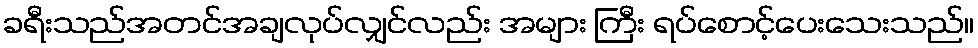
ခရီးသည်အတင်အချလုပ်လျှင်လည်း အများ ကြီး ရပ်စောင့်ပေးသေးသည်။